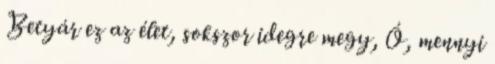
Betyár ez az élet, sokszor idegre megy, Ó, mennyi